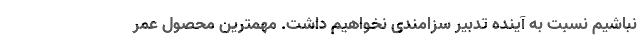
نباشیم نسبت به آینده تدبیر سزامندی نخواهیم داشت. مهمترين محصول عمر